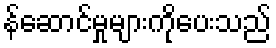
န်ဆောင်မှုများကိုပေးသည်